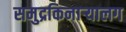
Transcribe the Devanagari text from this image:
समुद्रकिनाऱ्यालग